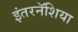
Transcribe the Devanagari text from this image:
इंतरनॅशिया